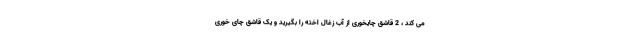
می کند ، 2 قاشق چایخوری از آب زغال اخته را بگیرید و یک قاشق چای خوری